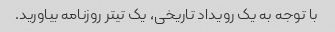
با توجه به یک رویداد تاریخی، یک تیتر روزنامه بیاورید.